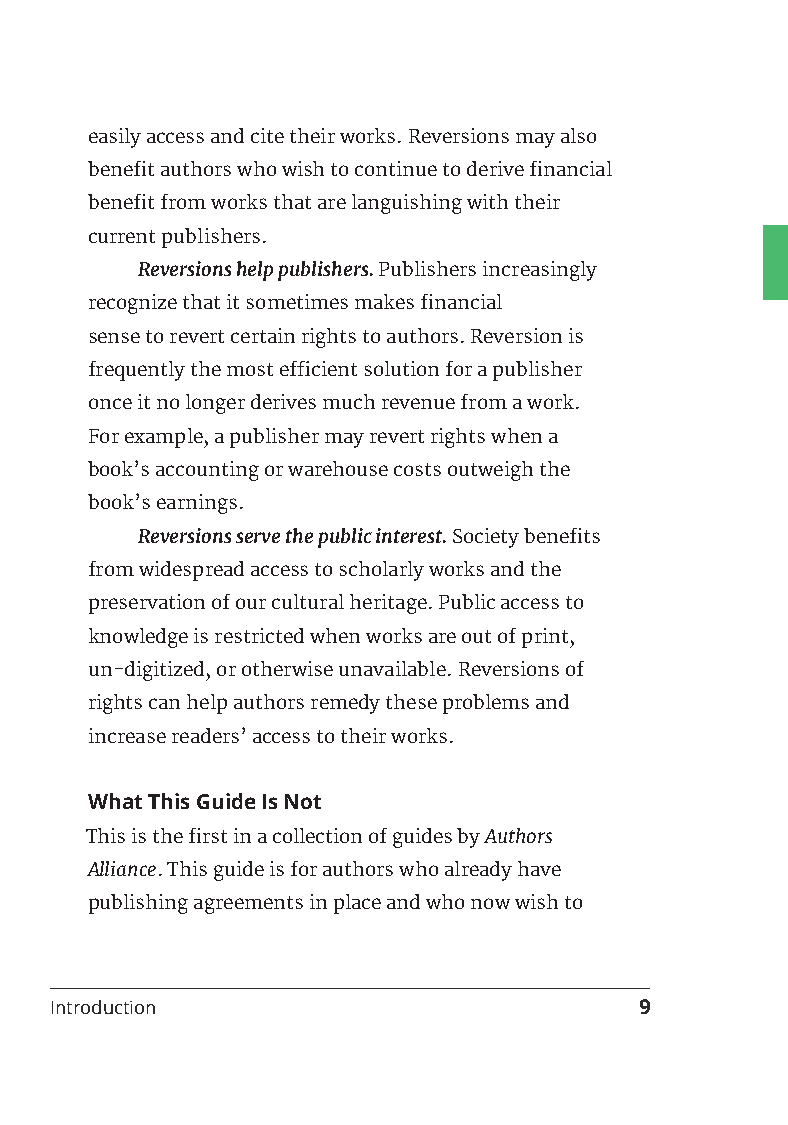
easily access and cite their works. Reversions may also
 benefit authors who wish to continue to derive financial
 benefit from works that are languishing with their
 current publishers.
 Reversions help publishers. Publishers increasingly
 recognize that it sometimes makes financial
 sense to revert certain rights to authors. Reversion is
 frequently the most efficient solution for a publisher
 once it no longer derives much revenue from a work.
 For example, a publisher may revert rights when a
 book’s accounting or warehouse costs outweigh the
 book’s earnings.
 Reversions serve the public interest. Society benefits
 from widespread access to scholarly works and the
 preservation of our cultural heritage. Public access to
 knowledge is restricted when works are out of print,
 un-digitized, or otherwise unavailable. Reversions of
 rights can help authors remedy these problems and
 increase readers’ access to their works.
 What This Guide Is Not
 This is the first in a collection of guides by Authors
 Alliance. This guide is for authors who already have
 publishing agreements in place and who now wish to
 Introduction                           9